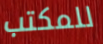
للمكتب